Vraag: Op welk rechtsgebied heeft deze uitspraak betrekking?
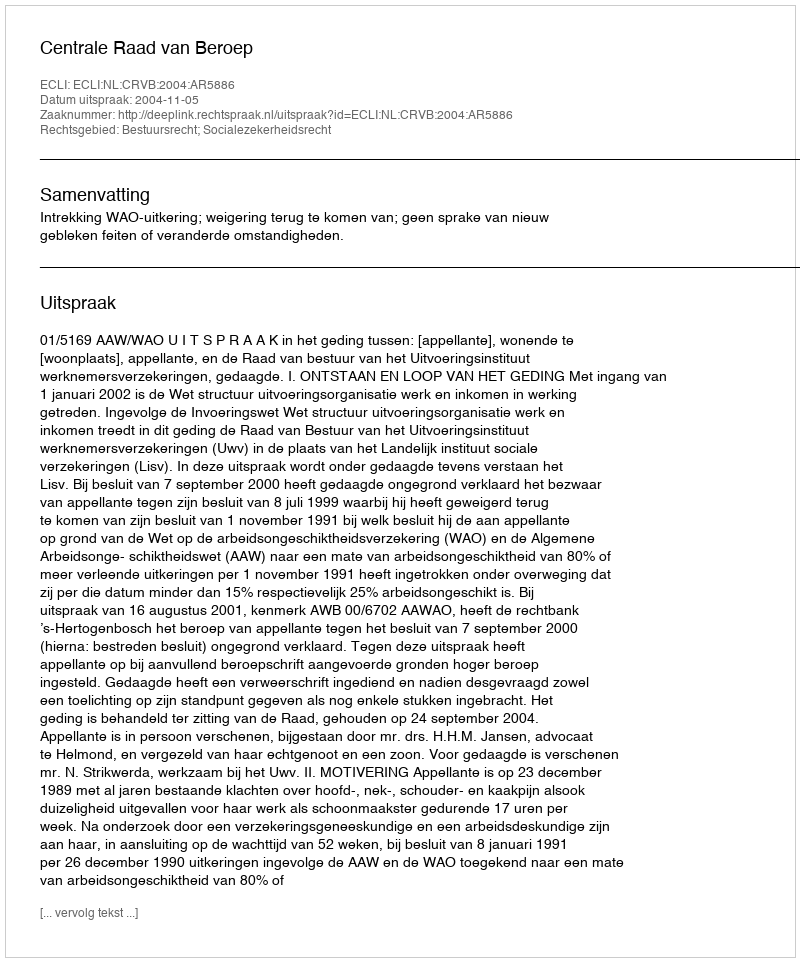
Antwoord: Bestuursrecht; Socialezekerheidsrecht